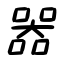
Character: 器